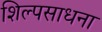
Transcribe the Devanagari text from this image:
शिल्पसाधना